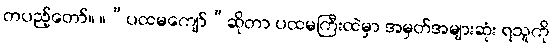
တပည့်တော်။ ။“ပထမကျော်”ဆိုတာ ပထမကြီးထဲမှာ အမှတ်အများဆုံး ရသူကို